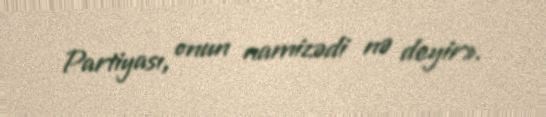
Partiyası, onun namizədi nə deyir».